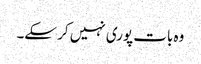
وہ بات پوری نہیں کر سکے۔